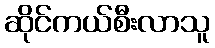
ဆိုင်ကယ်စီးလာသူ